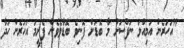
"އަހަރެން އަމިއްލަ ނަފްސަށް މާ ބޮޑަށް ފޮނިވެ ބޮޑާވެވެން ފެށީމަ އަހަރެން ހަދާ